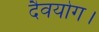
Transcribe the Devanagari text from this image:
दैवयोग।